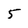
Character: 5